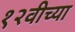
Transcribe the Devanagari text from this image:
१२वीच्या